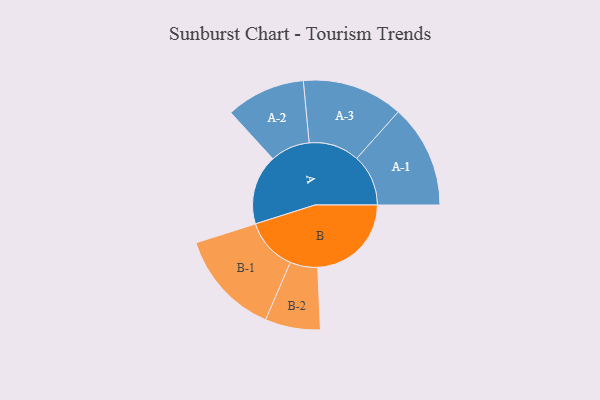
{"axis": {"x": "Segment", "y": "Value"}, "legend": ["", "A", "B"], "data": [{"x": "A", "y": 372, "type": ""}, {"x": "B", "y": 499, "type": ""}, {"x": "A-1", "y": 275, "type": "A"}, {"x": "A-2", "y": 211, "type": "A"}, {"x": "A-3", "y": 269, "type": "A"}, {"x": "B-1", "y": 280, "type": "B"}, {"x": "B-2", "y": 147, "type": "B"}]}